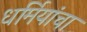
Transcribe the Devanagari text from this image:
धर्मियांचा